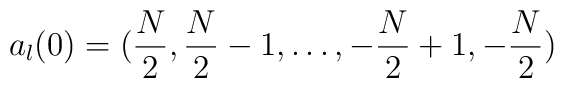
a_l(0) = ({N \over 2}, {N \over 2} - 1, \dots , -{N \over 2} + 1, - {N \over 2} )